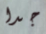
جدا